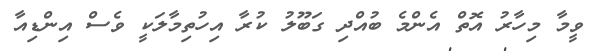
ވީމާ މިހާރު އޮތް އެންމެ ބުއްދި ގަބޫލު ކުރާ އިހުތިމާލަކީ ވެސް އިންޑިއާ